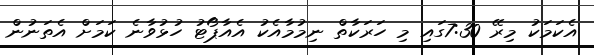
އެކަމަކު މިރޭ 7:30ގައި މި ހަރަކާތް ނިމުމާއެކު އެއާޕޯޓު ހުޅުވާނެ ކަމަށް އެތަނުން